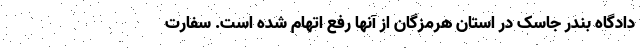
دادگاه بندر جاسک در استان هرمزگان از آنها رفع اتهام شده است. سفارت